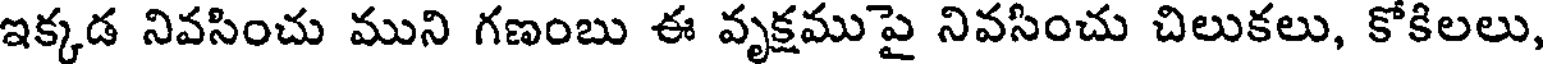
ఇక్కడ నివసించు ముని గణంబు ఈ వృక్షముపై నివసించు చిలుకలు, కోకిలలు,